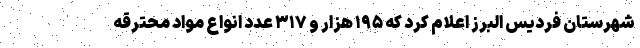
شهرستان فردیس البرز اعلام کرد که ۱۹۵ هزار و ۳۱۷ عدد انواع مواد محترقه